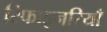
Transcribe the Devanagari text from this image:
रिफाइनरियाँ